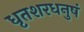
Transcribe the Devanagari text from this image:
धृतशरधनुषं